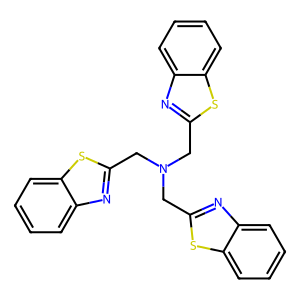
SMILES: c1ccc2sc(CN(Cc3nc4ccccc4s3)Cc3nc4ccccc4s3)nc2c1
Inhibits HIV replication: No